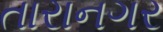
તારાનગર